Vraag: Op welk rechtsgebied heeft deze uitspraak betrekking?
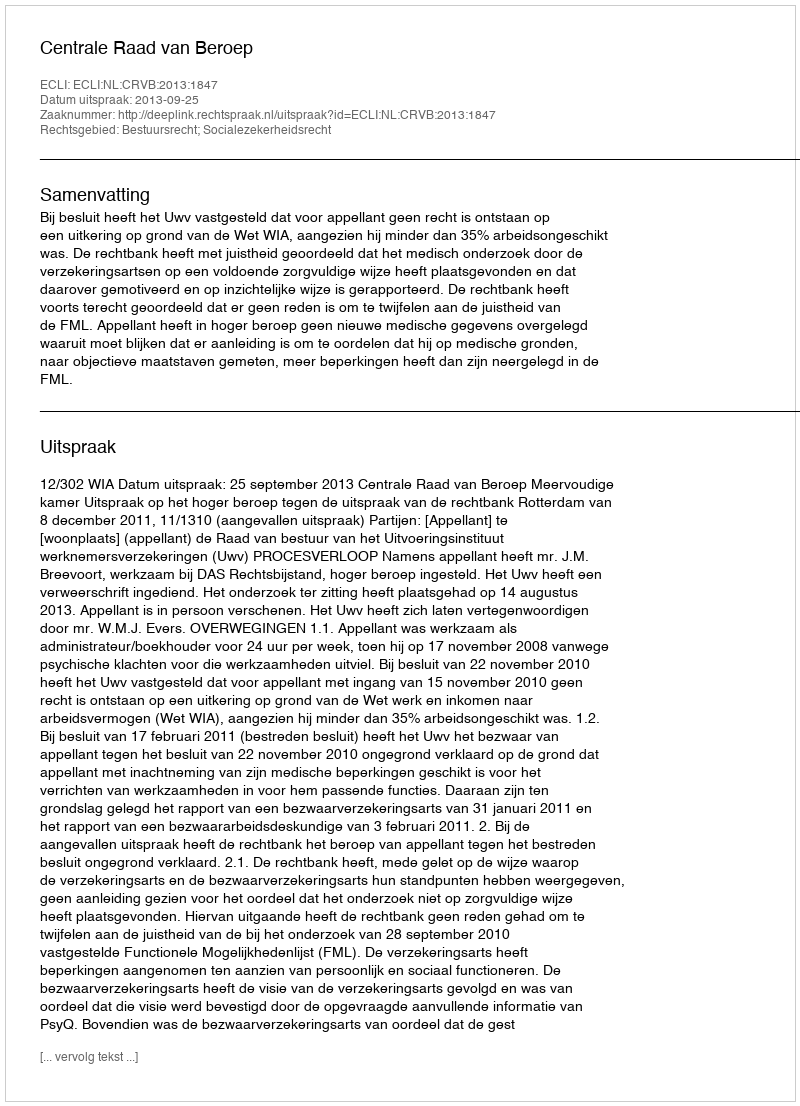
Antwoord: Bestuursrecht; Socialezekerheidsrecht